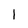
Character: l